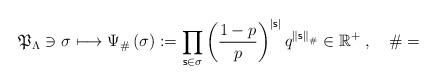
LaTeX: \begin{align*}\mathfrak{P}_{\Lambda}\ni\sigma\longmapsto\Psi_{\#}\left( \sigma\right):=\prod_{\mathsf{s}\in\sigma}\left( \frac{1-p}{p}\right) ^{\left\vert\mathsf{s}\right\vert }q^{\left\Vert \mathsf{s}\right\Vert _{\#}}\in\mathbb{R}^{+}\;,\quad\#=\end{align*}